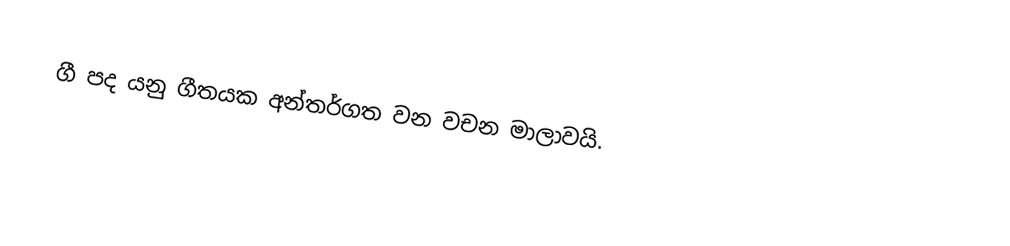
ගී පද යනු ගීතයක අන්තර්ගත වන වචන මාලාවයි.